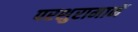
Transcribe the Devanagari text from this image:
परशुरामानें